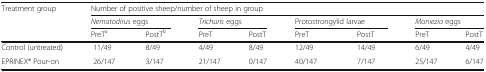
<table><thead><tr><td rowspan="3"><b>Treatment group</b></td><td colspan="8"><b>Number of positive sheep/number of sheep in group</b></td></tr><tr><td colspan="2"><b><i>Nematodirus</i> eggs</b></td><td colspan="2"><b><i>Trichuris</i> eggs</b></td><td colspan="2"><b>Protostrongylid larvae</b></td><td colspan="2"><b><i>Moniezia</i> eggs</b></td></tr><tr><td><b>PreT<sup>a</sup></b></td><td><b>PostT<sup>b</sup></b></td><td><b>PreT</b></td><td><b>PostT</b></td><td><b>PreT</b></td><td><b>PostT</b></td><td><b>PreT</b></td><td><b>PostT</b></td></tr></thead><tbody><tr><td>Control (untreated)</td><td>11/49</td><td>8/49</td><td>4/49</td><td>8/49</td><td>12/49</td><td>14/49</td><td>6/49</td><td>4/49</td></tr><tr><td>EPRINEX® Pour-on</td><td>26/147</td><td>3/147</td><td>21/147</td><td>0/147</td><td>40/147</td><td>7/147</td><td>25/147</td><td>6/147</td></tr></tbody></table>